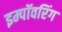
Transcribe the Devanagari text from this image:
इम्पॉवरिंग